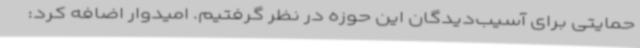
حمایتی برای آسیب‌دیدگان این حوزه در نظر گرفتیم. امیدوار اضافه کرد: